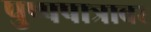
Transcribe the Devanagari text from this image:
पुष्पपात्रावर